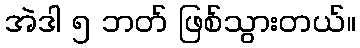
အဲဒါ ၅ ဘတ် ဖြစ်သွားတယ်။